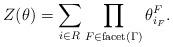
LaTeX: \begin{align*}Z(\theta) = \sum\limits_{i \in R} \prod\limits_{F \in \mathrm{facet}(\Gamma) } \theta^{F}_{i_{F}}.\end{align*}